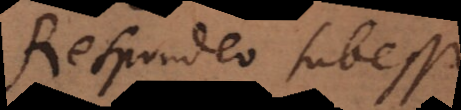
Respondeo subesse